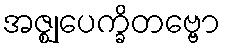
အဇ္ဈုပေက္ခိတဗ္ဗော